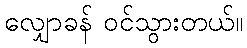
လျှောခန် ဝင်သွားတယ်။